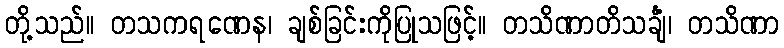
တို့သည်။ တသကရဏေန၊ ချစ်ခြင်းကိုပြုသဖြင့်။ တသိဏာတိသင်္ချံ၊ တသိဏာ